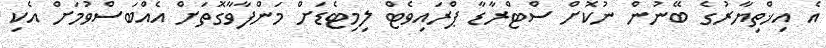
އެ އިޚްތިޔާރުގެ ބޭނުން ނުކޮށް ސްޓްރާޑާ ޕްރައިވެޓް ލިމިޓެޑަށް މަންފާވާގޮތަށް އެއްބަސްވުމަށް އެކި